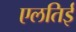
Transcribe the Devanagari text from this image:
एलतिई